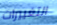
التغييرات